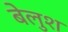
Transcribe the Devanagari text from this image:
बेलुश